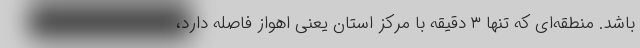
باشد. منطقه‌ای که تنها ۳ دقیقه با مرکز استان یعنی اهواز فاصله دارد،